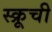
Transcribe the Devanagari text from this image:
स्क्रूची